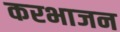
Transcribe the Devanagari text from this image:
करभाजन